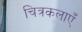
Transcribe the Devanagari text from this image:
चित्रकलाएँ